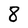
Character: 8